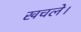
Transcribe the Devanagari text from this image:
खचले।